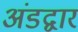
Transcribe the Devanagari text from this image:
अंडद्वार